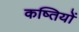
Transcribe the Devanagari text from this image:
कष्तियों